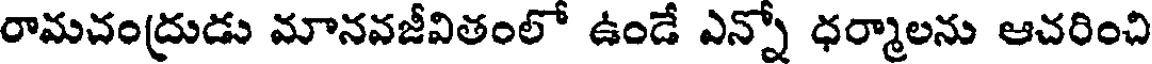
రామచంద్రుడు మానవజీవితంలో ఉండే ఎన్నో ధర్మాలను ఆచరించి